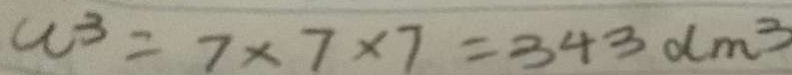
w ^ { 3 } = 7 \times 7 \times 7 = 3 4 3 d m ^ { 3 }